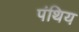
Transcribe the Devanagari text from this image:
पंथिय